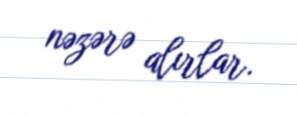
nəzərə alırlar.